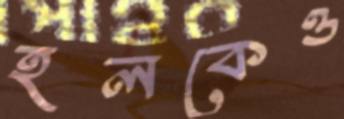
হলকেও